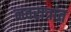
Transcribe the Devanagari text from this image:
नवरात्रांत